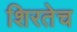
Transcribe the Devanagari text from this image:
शिरतेच